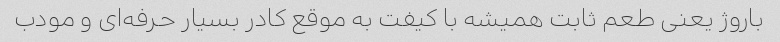
باروژ یعنی طعم ثابت همیشه با کیفت به موقع کادر بسیار حرفه‌ای و مودب